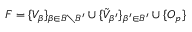
F = \{ V _ { \beta } \} _ { \beta \in B \setminus B ^ { \prime } } \cup \{ \tilde { V } _ { \beta ^ { \prime } } \} _ { \beta ^ { \prime } \in B ^ { \prime } } \cup \{ O _ { p } \}